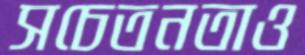
সচেতনতাও